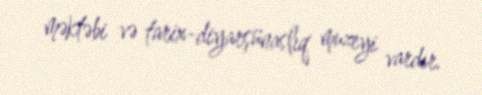
məktəbi və tarix-diyarşünaslıq muzeyi vardır.